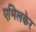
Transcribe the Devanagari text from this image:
एमिलकेर